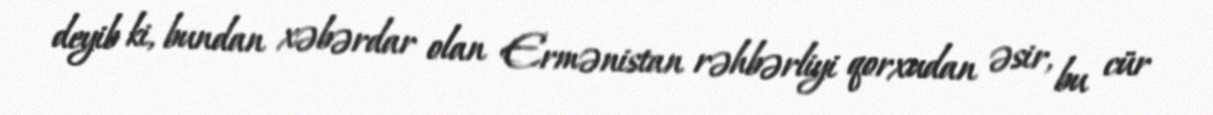
deyib ki, bundan xəbərdar olan Ermənistan rəhbərliyi qorxudan əsir, bu cür